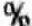
%